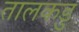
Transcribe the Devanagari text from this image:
तालकडु